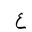
Letter: _ayn